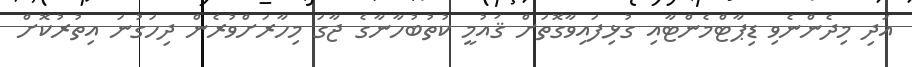
އަދި މިދެންނެވި ޑިޕާޓްމެންޓާއި ގުޅިފައިވާގޮތަށް ޤައުމީ ކުތުބުހާނާގެ ޖާގަ މިހާރަށްވުރެން ދިހަގުނަ އިތުރުކޮށް